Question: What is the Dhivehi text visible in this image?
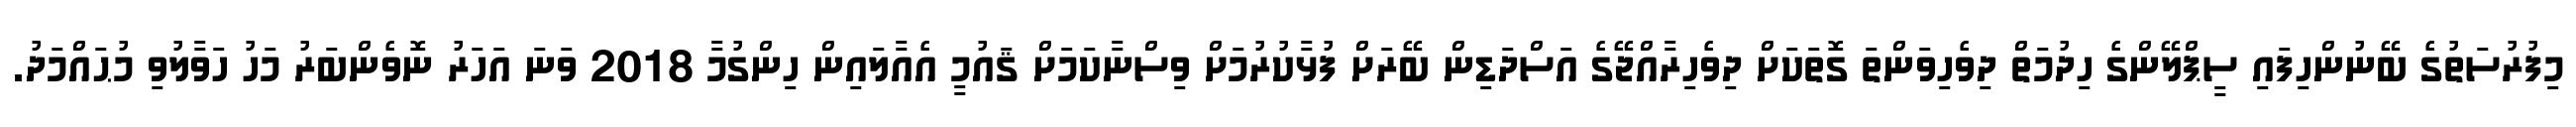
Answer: މިފުރުސަތުގެ ބޭނުންހިފައި ސީޕްލޭންގެ ހިދުމަތް ދިވެހިވަންތަ ގޮތަކަށް ދިވެހިރާއްޖޭގެ އަސްދަޑިން ބޭރަށް ފުޅާކުރުމަށް ވިސްނާކަމަށް ޤައުމީ އެއާލައިން ހިންގުމާ 2018 ވަނަ އަހަރު ނޮވެންބަރު މަހު ހަވާލުވި މުޙައްމަދު.